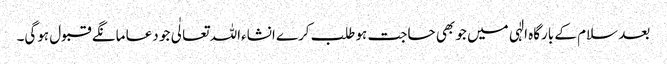
بعد سلام کے بارگاہ الٰہی میں جو بھی حاجت ہو طلب کرے انشاءاللہ تعالٰی جو دعا مانگے قبول ہوگی۔